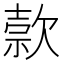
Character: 𬅭